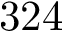
3 2 4